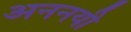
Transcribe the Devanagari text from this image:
अननयी